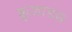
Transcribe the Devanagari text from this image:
क्रूज़ाडस